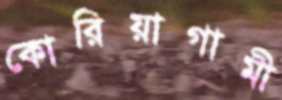
কোরিয়াগামী